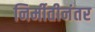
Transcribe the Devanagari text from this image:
निर्मीतीनंतर